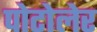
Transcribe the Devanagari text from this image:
पोटोलेर